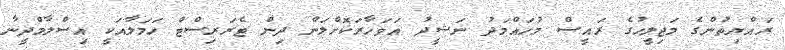
ރައްޔިތުންގެ މަޖިލީހުގެ ރައީސް މުހައްމަދު ނަޝީދު އަވަހާރަކޮށްލަން ދިން ޓެރަރިސްޓް ހަމަލާއަކީ އިސްލާމްދީނާ